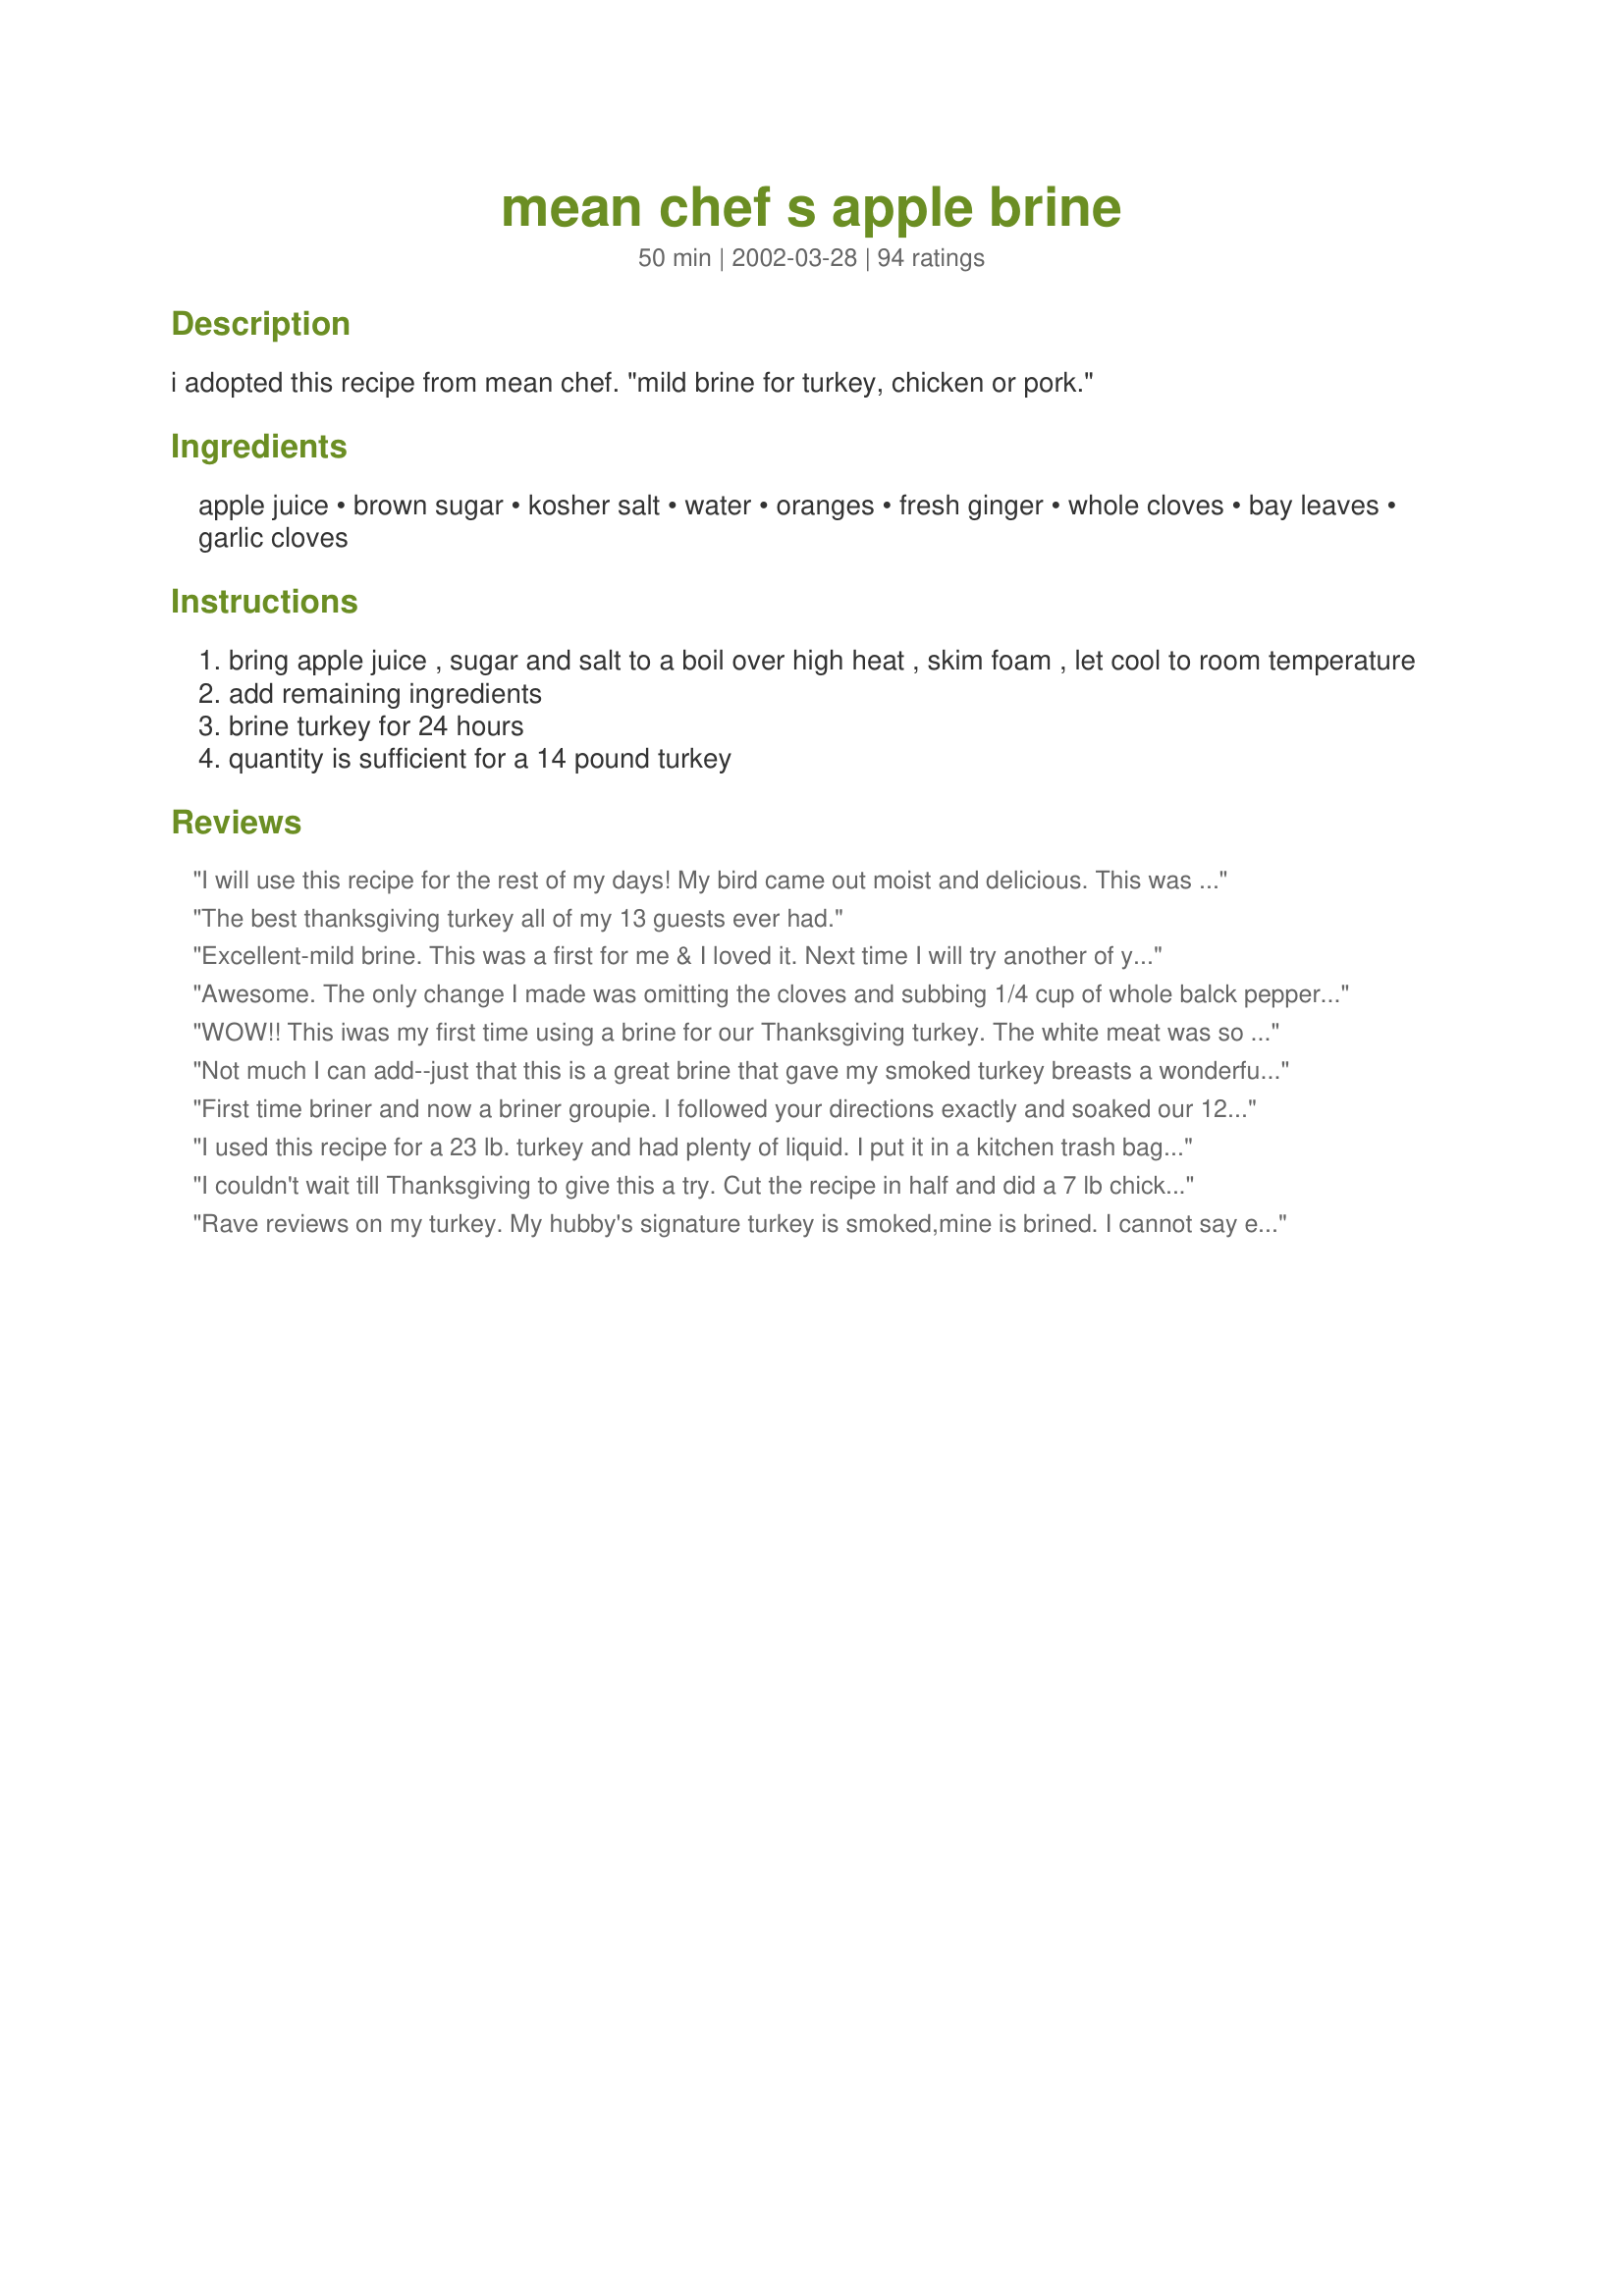
mean chef s apple brine
Preparation time: 50 minutes

i adopted this recipe from mean chef. "mild brine for turkey, chicken or pork."

Ingredients:
apple juice, brown sugar, kosher salt, water, oranges, fresh ginger, whole cloves, bay leaves, garlic cloves

Steps:
bring apple juice , sugar and salt to a boil over high heat , skim foam , let cool to room temperature
add remaining ingredients
brine turkey for 24 hours
quantity is sufficient for a 14 pound turkey

Reviews:
I will use this recipe for the rest of my days! My bird came out moist and delicious. This was my first time cooking a whole chicken and I was a bit nervous. Everyone kept saying what an amazing job I did. Thank you some much for this awesome recipe. I'll use it as often as possible.
The best thanksgiving turkey all of my 13 guests ever had.
Excellent-mild brine. This was a first for me & I loved it. Next time I will try another of yours. Thanks.
Awesome. The only change I made was omitting the cloves and subbing 1/4 cup of whole balck peppercorns. Put the bird in a roasting bag wstuffed with a a half an orange cut up and an onion also. 2.5 hours later it fell apart as I was as I carved it. One of my best turkeys ever.
WOW!! This iwas my first time using a brine for our Thanksgiving turkey. The white meat was so moist and tender and everything had a wonderful flavor. I'm now a believer!! Yippee. Thanks!
Not much I can add--just that this is a great brine that gave my smoked turkey breasts a wonderful, apple-y flavor!
First time briner and now a briner groupie. I followed your directions exactly and soaked our 12 pound turkey for almost 48 hours. I rinsed my turkey out and placed on a rack to dry for about 20 minutes. The end result was a golden/bronze turkey with moist, luscious, flavorful meat. The meat had a slightly sweet flavor with subtle overtones of orange, ginger, bay leaves, and garlic (difficult to pick out any one). I poured off the fat from the drippings and made a simple gravy that had a slightly sweet flavor (my oldest is very picky and still enjoyed the gravy). Thanks for a wonderful Christmas turkey!
I used this recipe for a 23 lb. turkey and had plenty of liquid. I put it in a kitchen trash bag inside a cooler with ice packs to brine. The flavor was fabulous and the meat was very moist. I'll make this again for sure!
I couldn't wait till Thanksgiving to give this a try. Cut the recipe in half and did a 7 lb chicken. This was soo tender and juicy. When we cut into the bird the juices started flowing! I let it brine for about 7 hours but I think it should have gone longer. Chunked up some apple and half an orange added some ginger, garlic and a bay leaf, and stuffed this all inside at roasting time. The aroma was to die for! Can't wait to do my turkey.
Rave reviews on my turkey. My hubby's signature turkey is smoked,mine is brined. I cannot say enough good things about this recipe.
I used this for a 15 pound turkey. I followed this recipe for the ingredients and I referred to a couple of other brine/turkey recipes for tips on preparation, such as using 2 turkey roasting bags to hold the turken and brine solution. It was delicious.
This brine produced the juciest turkey that I've ever eaten. I let the turkey sit for a half an hour and had my brother carve it. After the turkey was carved, there was juice all over the counter! I brined the turkey in the cooler and one batch only covered the turkey half way so I had to make another batch. The sugar in the brine made the turkey brown very quickly so I had to cover it with a foil tent after about an hour of cooking. The only flavor that I could detect in the turkey was salt so this was a mild brine as Mean Chef describes.
There's not much to say. This is my favorite brine, I use it on chicken and turkey and I believe it produces the best turkey you've ever had the pleasure of tasting. Try it. 

If you are using it for a chicken, just cut the recipe in half.

It should be noted that I believe I gave this recipe to Mean, and that it came out of Weber's Art of the Grill cookbook, one of my favorite grilling books.
sorry so late to rate. this was awesome! left my turkey breast so moist and full of flavor. will definetely use this again
I used this brine last Thanksgiving when I smoked my first turkey. I went the whole nine and used applewood in the smoker as well. It was absolutely the very best turkey I or anyone else in my family has ever tasted. I'll be doing 2 this year. One for home and one for the boys at the firehouse.
 My 7 pound chicken turned out nice and juicy and I brined for the full 24 hours. My DH was very pleased and said give it 10 stars. I will definitely do this again.
Most moist turkey ever...excellent!
This brine was terrific! My turkey was so moist and the flavor was wonderful. I stuck a knife through the orange quarters to release the juices more and added 1 lemon cut up also. I'll be using this recipe all the time. 
Thanks for such a great recipe.
I used the brine tonight on a 19 pound turkey. Brined it 24 hours then baked with only veggie oil on the bird. Excellent! I will use it again on turkey and will try on other meats. Thanks
Brining is the culinary snake-oil of the early 21st century. Its proponents claim that even a half-hour sojourn in a salt solution makes a revolutionary difference in the moistness of a chicken breast, when the realities are that (1) the salt solution can't even begin to penetrate to the center of the meat in that time, (2) the concentrated salinity near the surface makes ruinously salty pan drippings, and (3) you can easily cook an unbrined chicken breast so that it's perfectly juicy every time — just follow the recipe in Mastering the Art of French Cooking, for example. Granted, roasting a turkey is a lot harder, but here too the traditional methods — frequent basting, covering the breast with cheesecloth — produce a turkey with pink, moist, pliable, and rich-tasting breast meat. Probably the single most important thing in roasting turkey is the simplest: don't overcook it! When the turkey rests for half an hour after roasting (another important step), the juices that exude from it are going to be somewhat pink, but that's as it should be; the reddish color comes from the pigment in the bones, not from "rare" meat. While brining may arguably increase the moisture content in cooked meat, that is not the whole story. The salt in the brine denatures the meat protein, just as cooking a custard denatures the egg protein; and like a cooked custard, brined meat may hold a great deal of moisture, but it does not really taste moist. Cook's Illustrated magazine, a leading advocate of brining, compares brined meat to frankfurters, also prepared with a lot of salt, and that is exactly the effect of brining — it transforms the fresh juiciness of unbrined meat into the firm rubberiness of a hot dog. And while some people report moister turkeys after brining, I suspect this is an artifact; my guess is that they either use an updated recipe with shorter cooking times, or simply pay closer attention to how the turkey is coming along. Anyway, most panaceas are suspect, and this one should be no exception.
Ok, in all fairness, it's good. But, I have to admit I am spoiled. I have been using Mean Chef's Maple Brine for 2 years now, and it is fabulous! So for me this one was a "let down". It's ok. Turkey turned out juicy, skin was crispy and flavorful. But I won't hurry back to use this brine again.
Thanks to this wonderful recipe, my first Thanksgiving turkey was absolutley perfect! My family loved it! After brining it for 24 hours, I rinsed it off, dried it, and let it sit for about an hour before cooking. The aroma was mouth-watering while it was in the oven! The end result was a beautiful golden/bronze, delicious, and moist turkey!! The drippings made a delicious gravy (thanks to my husband who prepared that!). I can?t wait to fix this for Christmas for my entire family! Thanks, Mean Chef!!
This was the best turkey I have ever had. After 40 - 50 reviews, there's not much for me to add, except my thanks for posting this. : ) No more dry, flavorless turkey's for me!
I don't care whose recipe this is (sorry, PF) it's fantastic. I filched a nibble from the thigh... did a double take and sat down right then and there, potatoes forgotten, cranberry sauce was completely unnecessary, and enjoyed my feast. The drippings were almost overflowing the roasting pan, the color was a beautiful mahogany, and and scent was intoxicating. It is slightly sweet and faintly savory. Not salty at all. For stock, I am using the carcass, the traditional veggies, an apple, and more fresh ginger. I will never ever roast turkey without brining it first. I am a brine convert. Thank you for posting this recipe!
Finally, I know that I will never have to suffer through another dry turkey. We followed the recipe exactly, allowing our 19 pound turkey to sit in the brine for about 24 hours. We washed and dried the turkey and allowed it to sit for another 3 hours. We then cooked it in a clay pot following the cooking directions that came with the clay pot. The turkey was moist, the skin was a beautiful bronze color, and the ginger flavor was really prominent. The most astounding thing was the drippings that were in the bottom of the pot. Almost like a turkey demi-glace, it was thick and rich. We just skimmed off the fat, added a beurre manie and a bit of milk to tone down the salt. It made a terrific gravy. We'll be using this method, perhaps this recipe for years! Thank you for sharing.
Very Very Good! I loved the way it smelled after adding the oranges and cloves. It smelled like Christmas! It made the Turkey very moist and flavorful. Thank You!
I have used this brine two Thanksgivings. It is outstanding! The first time my sister-in-law and I experimented with it (my first time brining a turkey), we debated whether it was the brining that made SO much flavorful broth, or the fact that I had a covered roaster and she didn't. That question was definitely settled the next year when I made the turkey "plain" in my covered roaster. It was dry and flavorless. I will never do another turkey without this brine or some other. One note: the brine makes the drippings so strongly flavored that you need to cut them with water (yes!) before you make the gravy. I had enough gravy to pass the boat several times, AND store all the leftover packages with plenty of gravy.
I've used this same recipe for the past two Thanksgiving dinners... it is easily the BEST turkey I have ever made. The flavor combination is incredible, not too strong, just a hint of sweetness and a lovely aroma from the citrus and ginger. I have skipped the drying-out-overnight process with no discernable difference in skin crispness... just make sure to dry the bird well. One note: The skin gets very brown because of the sugar in the brine... looks like a magazine cover! Just don't let that fool you into thinking the bird is done too early.
Sorry, didn't like the spice combo with turkey or chicken. When my guests first tasted the meat, they thought the meat had gone bad! I will try this again, but without alot of the spices. I am now a convert to brining..the meat was very moist.
I used this brine on pork loin. I thought it went well with pork. I'm not sure I'd care for it with chicken or turkey.
I brined a 7 lb. pork loin roast for approx. 36 hours and cooked to an internal temp of 170 (Julia Child suggests 180-185). It was perfect with juice literally gushing from the roast. Taste and appearance were also superior.
Let me add to the rave reviews....I brined our Thanksgiving turkey and it was wonderful.Very juicy and moist.It smelled divine as it was cooking.The meat was flavorful,as Tracy said, with just a hint of sweetness,it was perfect.
Mean, I think after this holliday season you are going to have a TON more reviews for this recipe. And I am positive they will all be 5-stars. This was tremendous. BF and I brined a whole bone-in turkey breast (6.5 lbs) and halved the recipe. My bf also added a quartered granny smith apple, although I don't know what diffrence that made and we used ground cloves (~1/8 tsp) and a sprinkling of other spices. We brought everything to a simmer (after brining apple juice mixture to a boil) and then brined the turkey for somewhere between 24 and 48 hours...I was worried that the extra-long brining time would mess it up, but no! This recipe seems basically no-fail. The turkey was moist and flavorful... My boyfriend was raised vegetarian so has little experience with turkeys- he always said he hated turkey until he tried this. Now he's begging me to buy another breast at the store so we can brine another. This made a fantastic gravy and I boiled the bones and skin with veggies to make a wondeful, flavorful broth. Thanks for posting this- and for getting my BF to like poultry!
This is the first time I have tried a brine. It smelled wonderful! I didn’t see much difference in my turkey though, as a matter of fact, it seemed a little dry this year. I haven’t had that issue for a few years. Well, I only brined the turkey for about 12 hours, so next time I will try for 24, as the recipe states. Oh, one other thing. The skin of the turkey browned up really fast. By the time the turkey was cooked, the skin looked burned. That is a problem I have never had before. At least it deterred my guests from eating the skin of the turkey, which I would prefer they wouldn’t, it’s just not healthy.
I wasn't impressed by this. I halved the recipe for a chicken and found that the only real flavour was in the skin, which I don't eat. I don't have a problem with my meat being dry when I roast a chicken so I noticed no difference there either. It was a huge effort to put together and fit into my albeit small fridge so I won't be making this again.
I didn't know if brine really made a difference but I tried it this year. This was THE BEST turkey. The turkey was very juicy. The brine does not give the meat any flavor of it's own but it enhances the flavor of the meat. The turkey flavor really stands out instead of being kind of dull.
I prepared my turkey using this for our Canadian Thankgiving, then smoked the little darling (6 hours in smoker with apple wood). I have never really enjoyed turkey before, but this year I was snacking on cold turkey. <br/><br/>The brine is perfect - none of the flavours overpowers the others and I have had several requests for the brine. We will be brining from now on.
Very nice. Easy to put together.
We made this for a family holiday social. The turkey was gone in a matter of minutes, it seemed. None left for a sandwich. Will be brining again.
We did add more of the ingredients to make up for the 21 lb turkey. Great flavor. I would like to try this next with a roast of some sort. Cheers Mean!
Made this brine for Christmas on a 16 pound turkey. The smell was wonderful and the results were perfect. Juicy, juicy, juicy. I like the maple brine better, but there is no doubt that this apple brine makes a good turkey. Thanks!
This was outstanding! I followed the directions exactly, and this turkey was the best I ever had or anybody else at the party ever had. I served this on Chrismas. I made the turkey the night before, because I need my oven on Christmas day for the ham and all the other stuff. I will never eat turkey without brining it ever again. It did not need salt or gravy. I made a 14 pound turkey and every bit of it was GONE...no leftovers! Usually I have a ton of leftover turkey. I regret every other turkey I have ever made. It was very easy to do, and not too expensive. This recipe was probably the best thing I've ever found on this site. If you are thinking about brining a turkey, stop thinking and just do it. You'll never go back to dry, bland turkey ever again.
This was fabulous!!! I brined a bone in pork loin roast this weekend and roasted it to 160 degrees (internal temperature). It was the best - no question. Moist and flavorful - no sauce or gravy required. Thanks so much for a terrific recipe.
Excellent brine. Simple to make; the instructions are clear and straightforward. I used this to brine a 4-pound pork loin roast (brined it for 6 hours) and the resulting roast pork was moist, succulent, tender and very delicious. Both the bay and ginger flavours came through in the pork, but were very subtle. Surprisingly, I couldn't detect either the citrus or the apple. I intend to use this on the next pork roast I buy; heck, I'll be using this one a lot!
Although I managed to butcher this recipe, our turkey was wonderful. I boiled the juice, sugar and salt in the microwave. I didn't have enough cloves and the container I chose only left enough room for me to add about 2 cups of water. All that said...my turkey was awesome. We were eating leftovers 4 days later and they were still very moist. I think this will be a regular standby and I can't wait to try it on something else. I'm thinking this might be really good combined with the beer-butt chicken recipe.
This made for a moist, beautiful turkey. I doubled the recipe for a 23 pound bird, and it was just enough. I used a 10 gallon zip-loc and a food grade bucket to hold everything during the brining. The flesh picked up a very light flavor from the brine. Nice!
Made a deliciously moist turkey! I only added 1 quart of water (all my huge pot had room for)and used it for a 19 lb turkey. The skin was incredibly brown and sooooo yummy. The gravy I made from the juices and fond was very sweet, from the apple juice, but good. I'll be using this again.
I'm sold!! Brining is the only way I will do a turkey from now on. It's moist, incredible taste and texture of both the white and dark meat makes the whole bird enjoyable. I squeezed the orange quarters into the brine as I dropped them in. I followed the directions as stated. I had a 12.7 lb. turkey and did have to add more water to the brine to get the entire bird covered in the pot I used, but it didn't seem to make any difference. I brined it for about 29 hours,rotating the bird from time to time, rinsed, patted dry and let sit in refrigerator overnight, about 16 hours. Placed 4 orange quarters in cavity (figured they already had great marinade flavors in them), brushed with olive oil, (adding no other spices..not necessary) and roasted in 325 oven. It was lovely. I think maybe next time I would shorten the sit time to only 4 hours instead of overnight..just to see if there is any difference (I am not sure it could be more moist than it was). If you have never brined a turkey, you need to give this a try...you will never settle for a dry stuffed bird again!!
I didn't quite have the courage to use this for the first time on my Christmas Turkey, so halved the recipe and did a chicken instead... it was lovely and moist and while I don't give out 5 stars lightly,perfering to save them for very special recipes... this recipe deserved them all. It's not only going into my cookbook, but will be a recipe used very very often in my kitchen from now on. Thanks Meanie !

I used this to brine a small roast of pork for our Christmas Day lunch. I cut back on the salt slightly and left the pork to brine for 24 hours. It was perfectly tender with great flavour and everyone raved about it. Thanks for sharing another great recipe Mean Chef.
Delicious! This was my first time making a turkey and it turned out perfect. Eveyone raved about it. My boyfriend is BEGGING me to make it again.
This was FABULOUS! I had been wanting to try brining meat, but wasn't quite confident enough to try it on the last turkey I cooked. Following Mean Chef's advice, I brined 2 small chickens for about 9 hours. (I made the brine the night before and put the chickens in first thing in the morning.) Everything everyone has said here is absolutely true! I don't normally like the breast meat, but this was SO moist and delicious. The brine added a delicate, but noticeable flavour which was terrific! Thank you for the recipe, Mean Chef, and thank you for your reply to my question. I will certainly make my next turkey this way!
Sue
On November 28, 2002, I celebrated Thanksgiving for the 29th time. I have eaten 28 drier turkeys than this one. Need I say more? Mean Chef, your recipes are just about fail-safe - thank you so much for taking the time to share.
This was simple and easy. I didn't have a bag large enough to brine the turkey, so I put it into my cooler with bags of ice around it to keep cold. The turkey came out moist with only a slight hint of sweetness. The gravy that I made with the turkey juices turned out great as well.
Made my first thanksgiving meal this year. I heard that brining is the way to go. And this is an awesome recipe! Everyone said that the turkey was very moist and juicy. Thank you for the recipe!
I have been using this recipe for 10 years. Aside from it being the best turkey ever, the leftovers are moist and juicy days after you make the turkey.
I know you don't really need another review on this recipe but I had to tell you that it was excellent. My sis and her BF had their hearts set on their usual fried turkey but mine was set on trying a brine for the first time. We had 2 13 lb turkeys for 8 people. I was so worried that it would be salty because of the salt content in the brine. It was not salty in the least. The flavors were subtle and the color of the finished bird was beautiful. A wonderful rich dark brown. Mine was the prettiest and (in my opinion anyway) the tastiest of the 2 birds. I plan to try your maple brine for Christmas. Thanks for a great new experience and a very nice Thanksgiving dinner MC.
Not much to say here that has not already been said. Just wanted to put in my 2 cents, or five stars as the case may be.
This brine made our turkey this year the best ever and I'm definitely using it again. I followed the instructions exactly....it was the perfect amount for my 13 pound bird. The skin turned out a lovely, burnished brown and the meat was tender and juicy with a great citrus/apple/ginger flavor. My entire family loved it. Thanks Mean Chef :)
what can i add to all the accolades already given to this brine???used this on our holiday turkey and the best praise comes from my 14 yr old---"thats good"..... he only eats 5 foods(now 6)...i will now try it on other meats in an attempt to get the kid to eat better!!!thanks for a winner!!!
Very good. Will never use Turkey bags to brine again. Bags break and develop small leaks. Next time I will buy a big bucket and surround the bird with ice in the bathtub.
 I placed tiny quail in this brine for 6 hours -the result when roasted were lovely moist birds. I used the recipe "Quail with Indian Spices" the combination of this brine and the spicey recipe was perfect Thanks Mean chef for your advice on how long to brine the birds and for this recipe
After all the reviews and discussions about this recipe at Thanksgiving time, I had to give it a try. Great! A moist bird that tasted wonderful at Christmas dinner and made for incredible sandwiches afterward. Now I'm eager to try other brines but simultaneously reluctant not to use this one everytime. Quite a quandary!
NO ONE liked the chicken I made with this brine - it was way too salty and everyone made faces. Fortunately we had enough decent veggies and potatoes so the meal wasn't a total disaster - "clovey" and "a salt factory" were just a couple of the comments I got. From now on, I am sticking to water and kosher salt.
Well, I just had to add my comments to everyone else's. This was the first time I brined anything and our Christmas turkey was wonderfully moist with a delicate flavor...Since it was just the four of us for Christmas dinner, and our turkey was more like an oversized chicken, I halved the recipe, used table salt instead of kosher salt, and used less ginger. As I was carving the turkey, I couldn't help snitching a piece here and there because it was so irresistible! My family loved it too and I know I want to brine more meats in the future! You made a brine believer out of me! Thank you, Mean Chef! :)
I guess I am going to be one of the few decenting voices in the long list of reviews for this recipe. I had expected something with a saltier taste, but got something mildly sweet instead. The flavors of the ginger, garlic, etc. didn't really come through, and yes, I brined for the full 24 hours before smoke roasting it. The only change I made was using black peppercorns in place of the cloves. Unfortunately, while the turkey was OK, I am not likely to try this recipe again. I think the next brine I make will be something simpler and less sweet. I guess I should mention I am not yet sold on brining, but this was my first time and I'll run several more exparaments before I decide if it is worth it or not.
Fabulous!!! I used this recipe to brine a turkey breast. The turkey was moist and tender, by far the best turkey I've ever tasted. I'll definitely be using this brine again. Thanks so much for posting this!
Delicious with pork chops. I brined overnight, patted dry, grilled and brushed with a dijon/honey glaze. Yum! Thanks.
Not to sound like a snot but I've never really made a dried out turkey, maybe once? Well I certainly was curious enough to see if this recipe/brining in general deserved all the fuss! I had a monster of a turkey 28 1/2 lbs., so obviously I doubled the brine, totally forgot to purchase navel oranges so sub'd w/clementines, I brined the turkey for longer than stated around 36 hours, Dried THOROUGHLY as others recommended. Thank goodness Tracy K mentioned that the skin turns dark! I nearly screamed when I opened up the oven when it was only in there for 2 hours and saw the skin-OMG! 6 more hours to go!, I couldn't stop pacing, and I did cover w/foil. Yes indeed it was VERY moist. When checking with the thermometer the juices started flowing out of the prick hole, when eating you could see the moisture inbeteween the layers. The taste was different, it did have a definate sweetness to it, and some other flavor that we just couldn't put our finger on...And no, the skin was NOT Burnt, just looked like it was. Conversational piece for sure...!
The turkey was extremely moist but the skin was ruined. It burned easily, even after covering with foil.
I used this recipe to brine a turkey for 24 hours. Followed the recipe exactly except that I ended up having to use less water or there wouldn't have been room for the turkey! The turkey was tender and juicy, with a slight apple-citrus flavour. Very good.
Excellent flavour and very moist -- nothing I can add that hasn't already been said. This was the first turkey we have brined and it was a success. However, the gravy was a wee bit too sweet for our taste.
My first attempt at brining. I was surprised that I couldn't taste any of the flavors added to the brine in the turkey. The one thing I can say - it was the most moist turkey I've ever made.
This made the best turkey I have ever cooked. It was very tender & juicy & the flavoring was very subtle.
I had been following the thread on brining a turkey on the message boards since your Thanksgiving and knew I was going to give this brine a go for our Christmas turkey. I bought a bucket (someone suggested this) and soaked the bird for the time stated, dried it off cooked for the time suggested by Meanie in that thread and was rewarded with the most tender golden turkey I have ever tried. I also cooked my stuffing separate.
Delicious.
I decided to jump into the "brining the turkey" pool for this Thanksgiving, and boy, am I glad I did!! This was the most moist and flavorful bird I've ever cooked. Everyone raved about it. I brined a 15 pound turkey and a turkey breast in this- it definitely deserves its high rating. Another sure-fire winner from Mean Chef! Thanks!
I used this brine at Thanksgiving and am going to use it again for Christmas. It really helps bring out the natural goodness of the turkey while adding just the right touch of "sweet".
Oh, Meanie, this is great! I used it for a chicken, cutting all the amts. in half. ONly change I made was using 1/2 grapefruit instead of the orange; it still came out amazing. May try this on my Christmas crown roast!
This is the same recipe I've used for the past two years. If you're short on fridge space, like we always are, we fill a cooler half way with ice and place a clean and sterilized 5 gallon paint bucket inside ($5 at the hardware store) then pack any empty spaces with remaining ice. Once the brine is cooled pour it in the bucket and put the bird in. I weight the bird down with a small landscape stone that is double bagged in ziplocks then cover the bucket with aluminum foil to keep out any dust. Works like a charm everytime and everything is still very cold the next day. You will have the most beautiful, juicy bird you've ever had and literally tons of drippings for gravy. No more fighting over the gravy boat, promise!
This came out beautifully! We had apple cider on hand, so we used it instead of the juice. The gravy this produced was out of this world.
This will be my new holiday standard. Now there is NO EXCUSE for a dry turkey. Thanks for posting!
I have always made my turkeys in those plastic cooking bags and they have always been very juicy. Some have commented that the bird does not taste roasted cooked this way. But I would much rather have a moist bagged bird that a dry roasted one. This brine method along with regular roasting satisfied us all. We loved the flavor of the moist meat and the drippings made a flavorfull gravy. Thanks for getting rid of the bag!
Fabulous, Mean Chef! I finally made a turkey without one of those oven cooking bags. Tender, juicy and delicious. DH is raving about it. Thanks for sharing!
First time brining a turkey for me and it came out excellent! I didn't have cloves. Our turkey was 22 lbs. so we used an ice cooler lined with foil and left it out on the deck for 24 hours. I doubled the brine mixture, but used 2 quarts of water instead of an additional 2 quarts of apple juice as I was afraid it was going to be too sweet. Well, the turkey was fantastic and the gravy was to die for! Just be sure to rinse very well and dry the turkey very good as well. Thanks so much for sharing this, I will use it again and again!
I will never make an unbrined turkey again! I brined for 24 hours in a cylindrical drink cooler. We let it sit outside overnight because the temp. was in the 30s. This was the most delicious turkey I have ever, ever eaten. It was moist and tender & had a nice, subtle flavor that is indescribable. I used a 12 pound cheapo brand turkey & it was still wonderful. I even let it cook about 45 minutes longer than I should have because my guests were late! No problem---still tender & juicy. Thanks for this wonderful recipe!
I have been using this recipe for 4 years now and it is the only way to do a turkey. I have shared this with 2 other people who were deep frying their birds and they both sold there fryers after using this brine! I cook a couple of birds on my gas grill every summer using some wood for smoke. This turns out great.
Just use a disposable pan and light one side of your grill on medium putting the bird on the other. Take the grill off of the lit side, put an old cake or pie pan next too or over the heat and put a few pieces of oak in it every 45 minutes (yes small oak branches from your tree work great and you can break them off by hand and use them immediately, no leaves thank you). About one hour per 4 lbs. Keep the lid closed and rotate the pan when you add the wood.
This is just awesome! I will never make another turkey in a cooking bag! It came out moist, juicy, and it looked just like a picture in a magazine, all browned and perfect! The drippings made the best gravy ever! I wish I could give it six stars, because five just isn't enough. :)
I have brined chops and chicken but never a turkey before. What better time to experiment than Christmas dinner using your entire extended family as Guinea Pigs? I left the bird in the brine for about 18 hours then rinsed well and left it in the fridge uncovered for a couple of hours to dry out somewhat. I was very nervous about stuffing the turkey thinking that the salt would make it inedible. I needn't have worried. I also prepared gravy separately as I thought the dripping would be useless. Not so! I have now frozen them to use at a later date. I was really pleased with this recipe and will use it again and again. I think it would be awesome for a pork roast too. Thanks!
This is a great brine recipe. I used it on a fresh ham and then put the ham on the smoker all night in aluminum foil and it turned out wonderful and juicy. I will be keeping this one. Thank you for a great recipe.
This was great. We had a moist, tender, beautiful bird. The brine imparts subtle flavors into the meat and produces the best turkey my kitchen has ever seen. The method is simple and painless, too. That is always a plus when preparing a holiday meal. Thanks for posting.
I used half the recipe for a 5-lb. pork tenderloin and brined it for 48 hours. The meat was baked to the slightest pink color and oooh, sooo tender you can cut it with a plastic fork! I served this as part of a huge buffet menu for my husband's birthday party this past weekend with Mean Chef's Tangerine Curry Sauce. It was a big hit and I will definitely try this brine again with other types of meats. Thank you!
Our Thanksgiving turkey was delectable, thanks to this recipe! It was very moist and flavorful! It even got rave reviews from my brother, the professional chef in the family!! I will never cook another turkey without using this brine first. Thanks Mean Chef!
I used this for my 20 pound Thanksgiving turkey. Best turkey I ever made. The white meat is still moist even after microwaving to heat it up. I will never cook a turkey without this again. Thanks.
We really liked this on a 5 lb. turkey breast. I made a 1/2 recip of this and it was just fine. Thanks, Mean. Our turkey breast was so juicy and flavorful.
I'll add my 5 stars to the list. Great brine. I had a 13 pound turkey and didn't quite have enough apple juice, so put in a little concentrated apple juice. Thank you for a moist turkey that everyone raved over!
This made the moistest turkey I have ever tasted. I put my 12lb turkey in the brine on Tuesday evening, took it out Thursday morning, rinsed it, rubbed with olive oil and roasted for about two hours. I didn't add any other seasoning, and it wasn't necessary. I would make sure to allow enough time for the brine to cool; I made mine ahead of time. What an awesome recipe, thanks so much Mean Chef!!
Simply superb aroma! Makes lots of to die for gravy, too.
